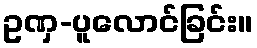
ဥဏှ-ပူလောင်ခြင်း။